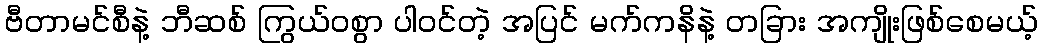
ဗီတာမင်စီနဲ့ ဘီဆစ် ကြွယ်ဝစွာ ပါဝင်တဲ့ အပြင် မက်ကနိနဲ့ တခြား အကျိုးဖြစ်စေမယ့်